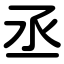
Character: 丞